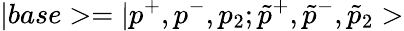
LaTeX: |base>=|p^{+},p^{-},p_{2};\tilde{p}^{+},\tilde{p}^{-},\tilde{p}_{2}>